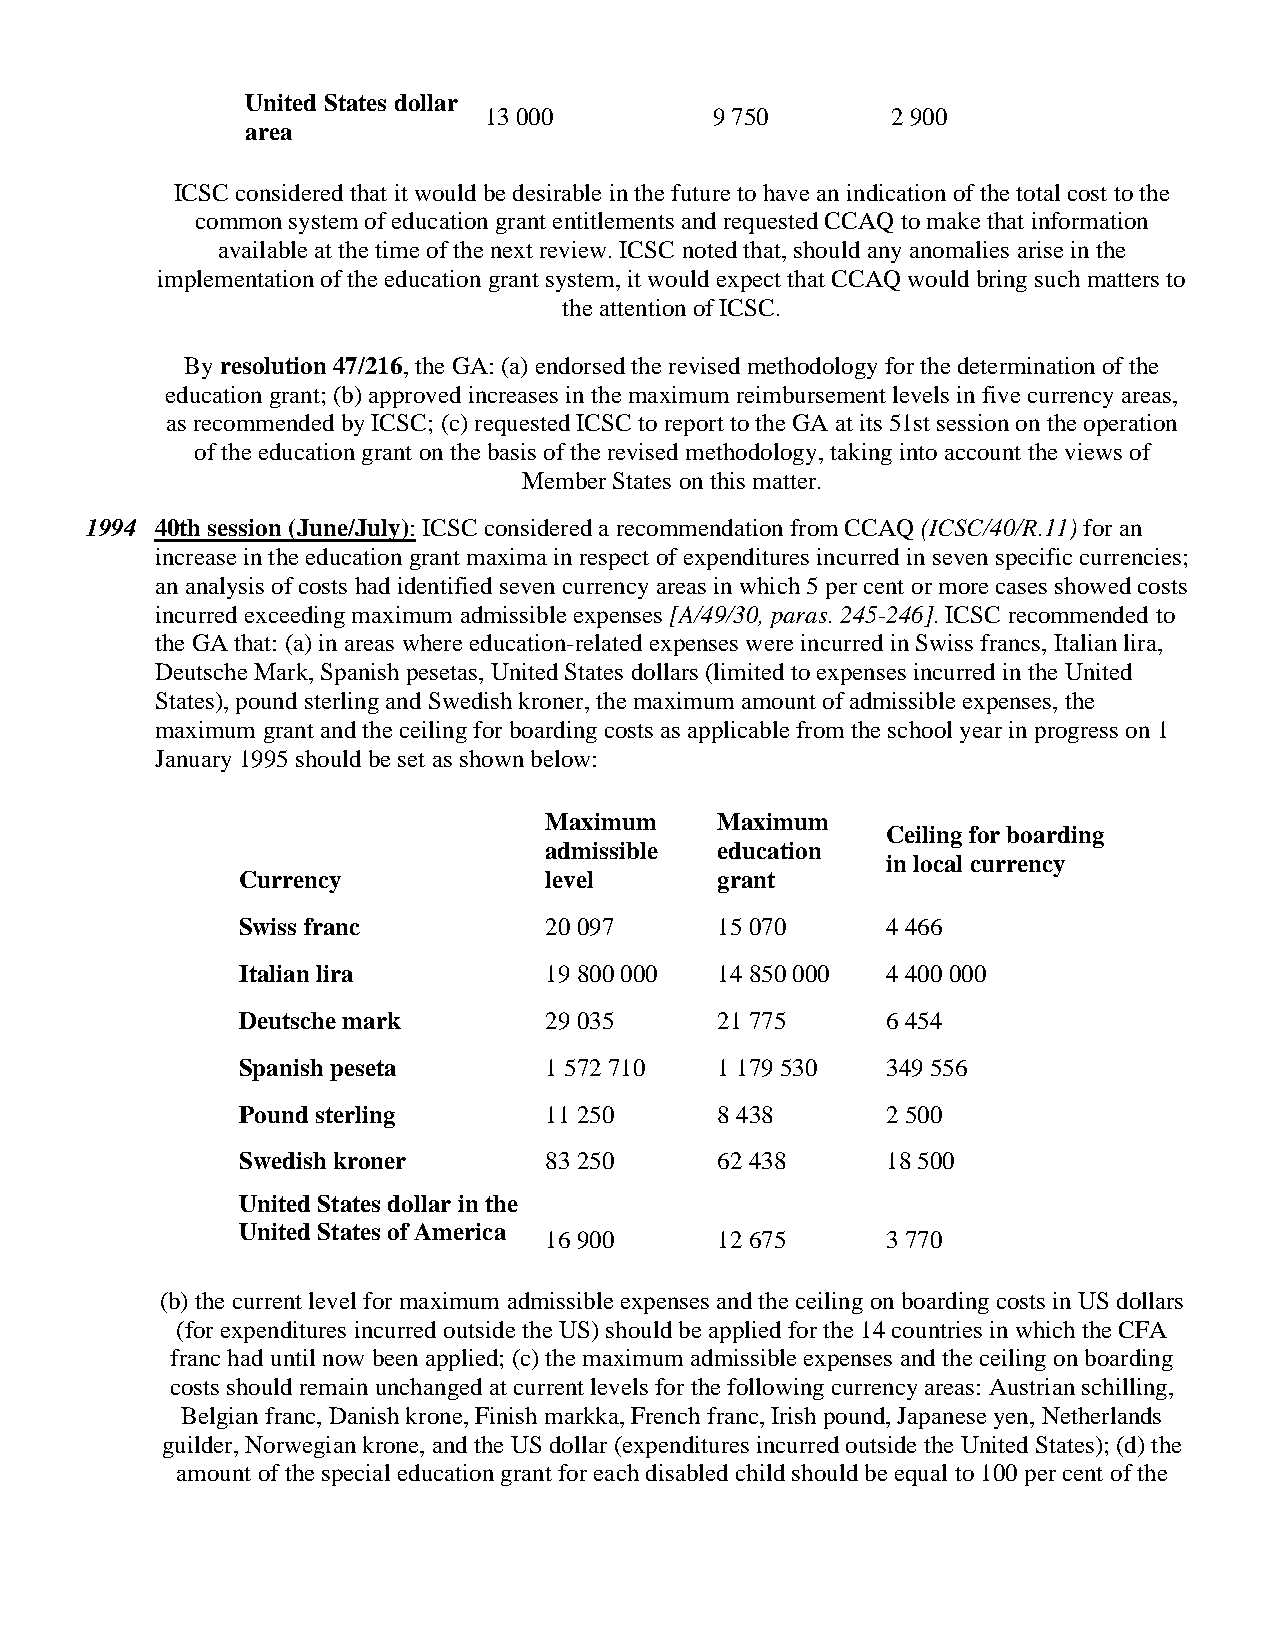
United States dollar
 13 000         9 750       2 900
 area
 ICSC considered that it would be desirable in the future to have an indication of the total cost to the
 common system of education grant entitlements and requested CCAQ to make that information
 available at the time of the next review. ICSC noted that, should any anomalies arise in the
 implementation of the education grant system, it would expect that CCAQ would bring such matters to
 the attention of ICSC.
 By resolution 47/216, the GA: (a) endorsed the revised methodology for the determination of the
 education grant; (b) approved increases in the maximum reimbursement levels in five currency areas,
 as recommended by ICSC; (c) requested ICSC to report to the GA at its 51st session on the operation
 of the education grant on the basis of the revised methodology, taking into account the views of
 Member States on this matter.
 1994 40th session (June/July): ICSC considered a recommendation from CCAQ (ICSC/40/R.11) for an
 increase in the education grant maxima in respect of expenditures incurred in seven specific currencies;
 an analysis of costs had identified seven currency areas in which 5 per cent or more cases showed costs
 incurred exceeding maximum admissible expenses [A/49/30, paras. 245-246]. ICSC recommended to
 the GA that: (a) in areas where education-related expenses were incurred in Swiss francs, Italian lira,
 Deutsche Mark, Spanish pesetas, United States dollars (limited to expenses incurred in the United
 States), pound sterling and Swedish kroner, the maximum amount of admissible expenses, the
 maximum grant and the ceiling for boarding costs as applicable from the school year in progress on 1
 January 1995 should be set as shown below:
 Maximum    Maximum
 Ceiling for boarding
 admissible education
 in local currency
 Currency            level      grant
 Swiss franc         20 097     15 070      4 466
 Italian lira        19 800 000 14 850 000  4 400 000
 Deutsche mark       29 035     21 775      6 454
 Spanish peseta      1 572 710  1 179 530   349 556
 Pound sterling      11 250     8 438       2 500
 Swedish kroner      83 250     62 438      18 500
 United States dollar in the
 United States of America
 16 900     12 675      3 770
 (b) the current level for maximum admissible expenses and the ceiling on boarding costs in US dollars
 (for expenditures incurred outside the US) should be applied for the 14 countries in which the CFA
 franc had until now been applied; (c) the maximum admissible expenses and the ceiling on boarding
 costs should remain unchanged at current levels for the following currency areas: Austrian schilling,
 Belgian franc, Danish krone, Finish markka, French franc, Irish pound, Japanese yen, Netherlands
 guilder, Norwegian krone, and the US dollar (expenditures incurred outside the United States); (d) the
 amount of the special education grant for each disabled child should be equal to 100 per cent of the